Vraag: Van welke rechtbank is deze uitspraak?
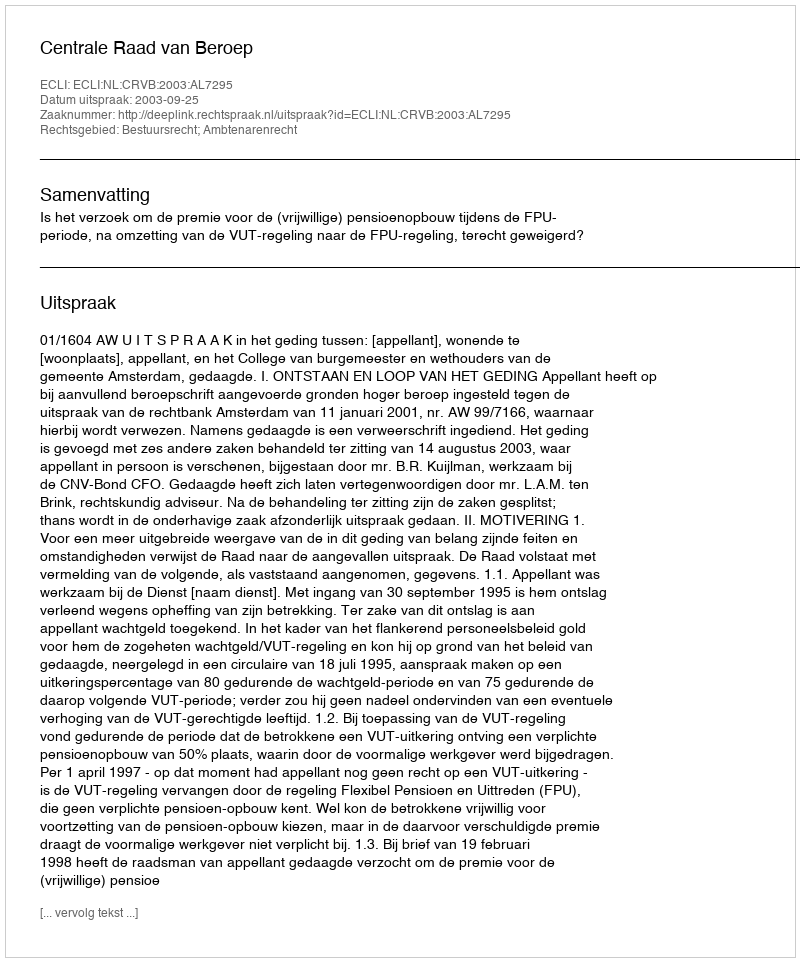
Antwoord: Centrale Raad van Beroep